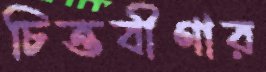
চিত্তবীণার